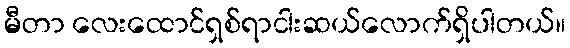
မီတာ လေးထောင်ရှစ်ရာငါးဆယ်လောက်ရှိပါတယ်။